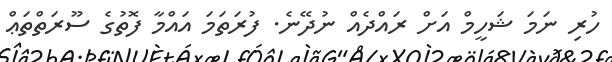
ހުރި ނަމަ ޝަހީމް އަށް ރައްދެއް ނުދޭނެ. ފުރަތަމަ އައްމާ ފޮތުގެ ސޫރަތްތަޢް